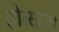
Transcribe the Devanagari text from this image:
होत्साता